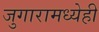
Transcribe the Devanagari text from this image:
जुगारामध्येही